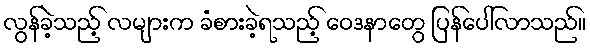
လွန်ခဲ့သည့် လများက ခံစားခဲ့ရသည့် ဝေဒနာတွေ ပြန်ပေါ်လာသည်။